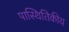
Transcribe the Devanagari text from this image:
पास्थितिकीय